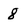
Character: 8